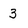
Character: 3